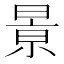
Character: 㬌